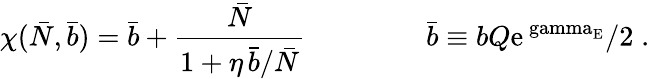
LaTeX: \chi(\bar{N},\bar{b})=\bar{b}+\frac{\bar{N}}{1+\eta\, \bar{b}/\bar{N}}\; \qquad\qquad\bar{b}\equiv bQ\mathrm{e^{\ gamma_{E}}}/2\; .